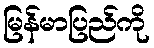
မြန်မာပြည်ကို